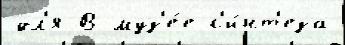
дл'я В муз'е́е с'и́нт'еза